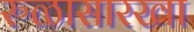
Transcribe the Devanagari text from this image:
रुळासारखा